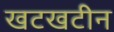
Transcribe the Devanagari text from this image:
खटखटीन